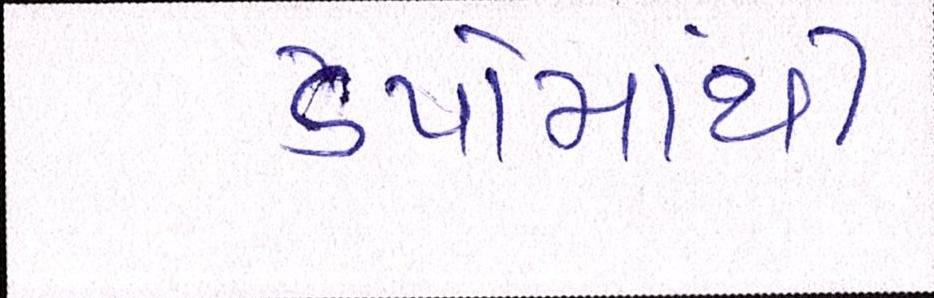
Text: ડેપોમાંથી